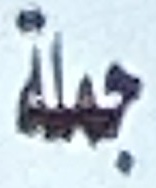
جملة